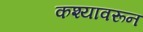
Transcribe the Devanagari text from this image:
कश्यावरून